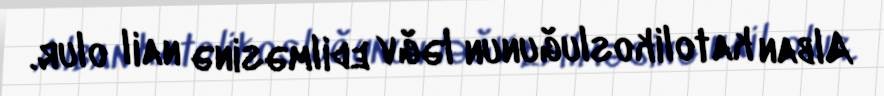
Alban katolikosluğunun ləğv edilməsinə nail olur.